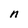
Character: n